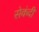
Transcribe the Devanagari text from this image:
सेकंदी